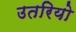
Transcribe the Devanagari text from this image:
उतरियो